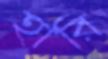
হারি